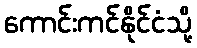
ကောင်းကင်နိုင်ငံသို့